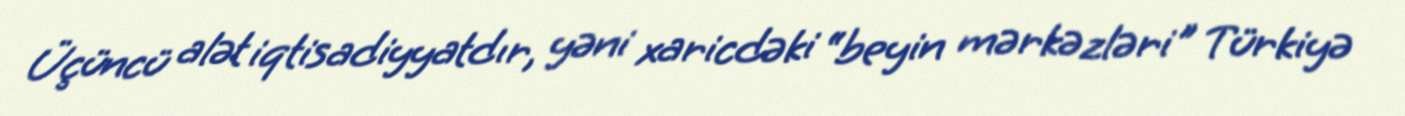
Üçüncü alət iqtisadiyyatdır, yəni xaricdəki “beyin mərkəzləri" Türkiyə